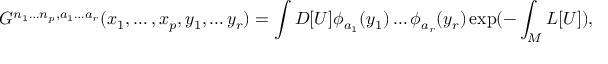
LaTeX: G ^ { n _ { 1 } \ldots n _ { p } , a _ { 1 } \ldots a _ { r } } ( x _ { 1 } , \ldots , x _ { p } , y _ { 1 } , \ldots y _ { r } ) = \int { \cal D } [ U ] \phi _ { a _ { 1 } } ( y _ { 1 } ) \ldots \phi _ { a _ { r } } ( y _ { r } ) \exp ( - \int _ { M } { \cal L } [ U ] ) ,